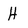
Character: H